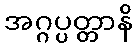
အဂ္ဂပ္ပတ္တာနိ